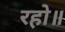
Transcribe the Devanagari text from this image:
रहो॥